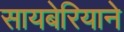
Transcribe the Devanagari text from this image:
सायबेरियाने